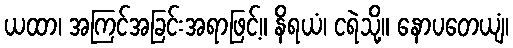
ယထာ၊ အကြင်အခြင်းအရာဖြင့်။ နိရယံ၊ ငရဲသို့။ နောပတေယျံ၊